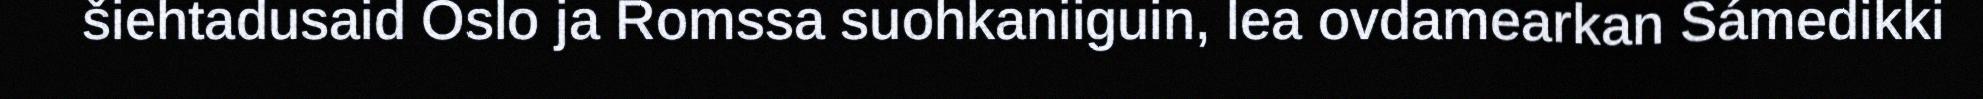
šiehtadusaid Oslo ja Romssa suohkaniiguin, lea ovdamearkan Sámedikki